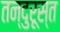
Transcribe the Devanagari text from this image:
तन्दुरूस्त